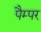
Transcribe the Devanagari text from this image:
पैम्पर